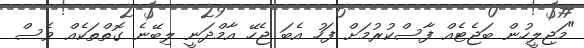
"މަޖިލީހުން ބަޖެޓެއް ފާސްކުރުމަށް ފަހު އެބަ ޖެހޭ އާމްދަނީ ލިބޭނެ ގޮތްތަކެއް ވެސް